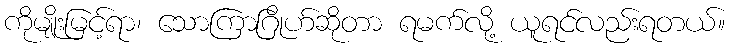
ကိုမျိုးမြင့်ရာ၊ သောကြာဂြိုဟ်ဆိုတာ ရမက်လို့ ယူရင်လည်းရတယ်။